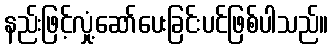
နည်းဖြင့်လှုံ့ဆော်ပေးခြင်းပင်ဖြစ်ပါသည်။